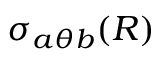
\sigma _ { a \theta b } ( R )